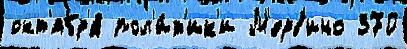
окт'ябр'я́ пол'и́т'ик'и М'ерв'ино 370